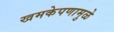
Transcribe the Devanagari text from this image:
खमकेपणामुळे